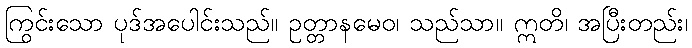
ကြွင်းသော ပုဒ်အပေါင်းသည်။ ဥတ္တာနမေဝ၊ သည်သာ။ ဣတိ၊ အပြီးတည်း၊